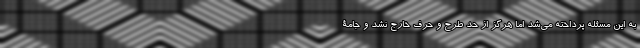
به این مسئله پرداخته می‌شد اما هرگز از حد طرح و حرف خارج نشد و جامة